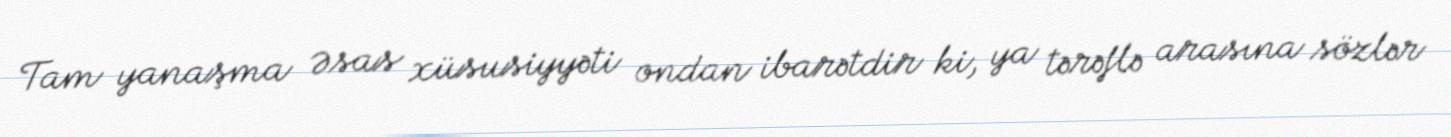
Tam yanaşma Əsas xüsusiyyəti ondan ibarətdir ki, ya tərəflə arasına sözlər